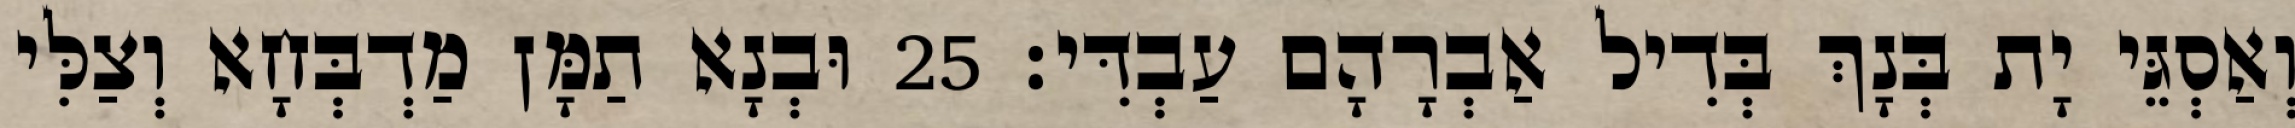
וְאַסְגֵּי יָת בְּנָךְ בְּדִיל אַבְרָהָם עַבְדִּי׃ 25 וּבְנָא תַמָּן מַדְבְּחָא וְצַלִּי